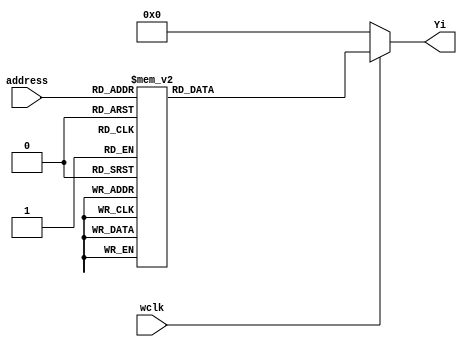
`timescale 1ns / 1ps
module decoder_4_16(
	input wire[3:0] address,
	input wire wclk,
	output reg[15:0] Yi);
	
	always @* begin
		if (wclk == 1'b1)
			case (address[3:0])
				4'b0000: Yi = 16'h0001;
				4'b0001: Yi = 16'h0002;
				4'b0010: Yi = 16'h0004;
				4'b0011: Yi = 16'h0008;
				4'b0100: Yi = 16'h0010;
				4'b0101: Yi = 16'h0020;
				4'b0110: Yi = 16'h0040;
				4'b0111: Yi = 16'h0080;
				4'b1000: Yi = 16'h0100;
				4'b1001: Yi = 16'h0200;
				4'b1010: Yi = 16'h0400;
				4'b1011: Yi = 16'h0800;
				4'b1100: Yi = 16'h1000;
				4'b1101: Yi = 16'h2000;
				4'b1110: Yi = 16'h4000;
				4'b1111: Yi = 16'h8000;
			endcase
		else
			Yi = 16'h0000;
	end
endmodule